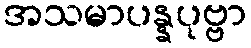
အသမာပန္နပုဗ္ဗာ